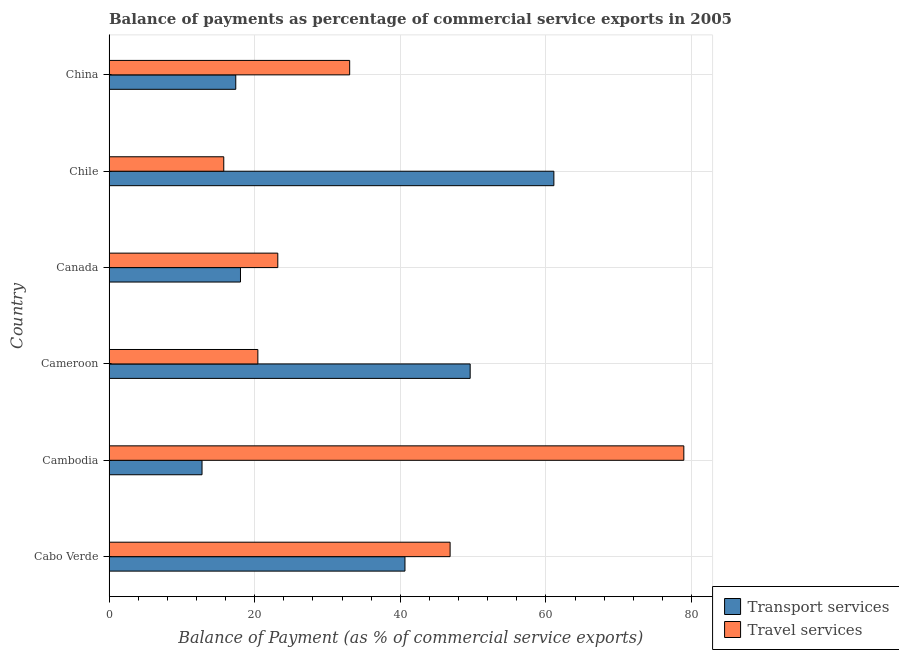
| Country | Transport services | Travel services |
 | --- | --- | --- |
 | Cabo Verde | 40.6 | 46.8 |
 | Cambodia | 12.8 | 78.9 |
 | Cameroon | 49.6 | 20.4 |
 | Canada | 18 | 23.2 |
 | Chile | 61.1 | 15.8 |
 | China | 17.4 | 33 |